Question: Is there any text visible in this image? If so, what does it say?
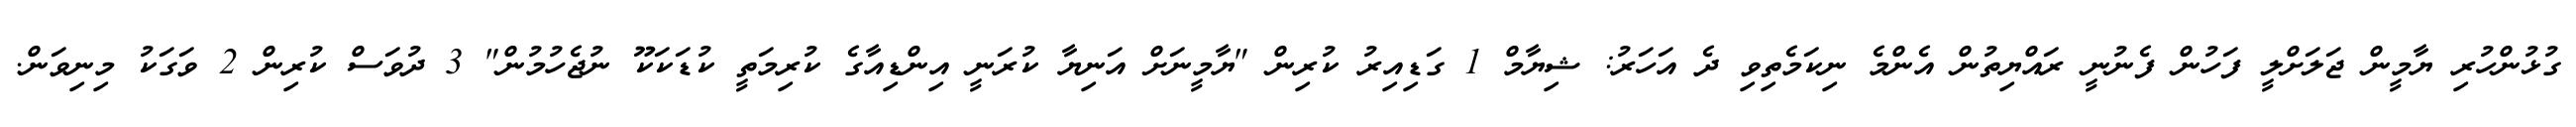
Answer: ގުޅުންހުރި ޔާމީން ޖަލަށްލީ ފަހުން ފެނުނީ ރައްޔިތުން އެންމެ ނިކަމެތިވި ދެ އަހަރު: ޝިޔާމް 1 ގަޑިއިރު ކުރިން "ޔާމީނަށް އަނިޔާ ކުރަނީ އިންޑިއާގެ ކުރިމަތީ ކުޑަކަކޫ ނުޖެހުމުން" 3 ދުވަސް ކުރިން 2 ވަގަކު މިނިވަން.